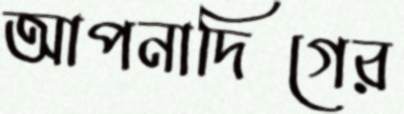
আপনাদিগের